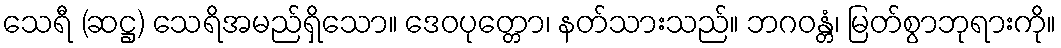
သေရီ (ဆဋ္ဌ) သေရိအမည်ရှိသော။ ဒေဝပုတ္တော၊ နတ်သားသည်။ ဘဂဝန္တံ၊ မြတ်စွာဘုရားကို။